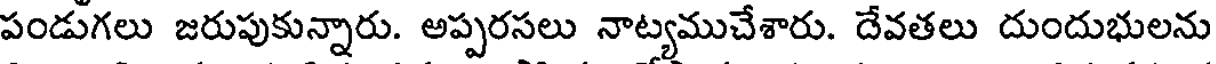
పండుగలు జరుపుకున్నారు. అప్పరసలు నాట్యముచేశారు. దేవతలు దుందుభులను